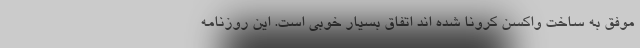
موفق به ساخت واکسن کرونا شده اند اتفاق بسیار خوبی است. این روزنامه